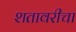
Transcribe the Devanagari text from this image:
शतावरीचा